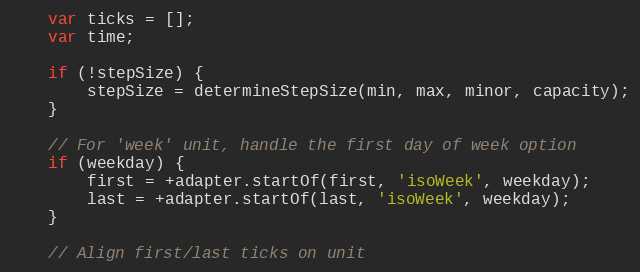
Language: JavaScript
	var ticks = [];
	var time;

	if (!stepSize) {
		stepSize = determineStepSize(min, max, minor, capacity);
	}

	// For 'week' unit, handle the first day of week option
	if (weekday) {
		first = +adapter.startOf(first, 'isoWeek', weekday);
		last = +adapter.startOf(last, 'isoWeek', weekday);
	}

	// Align first/last ticks on unit